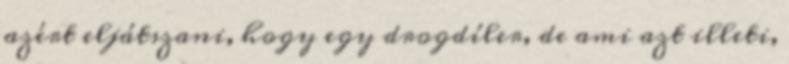
azért eljátszani, hogy egy drogdíler, de ami azt illeti,